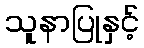
သူနာပြုနှင့်